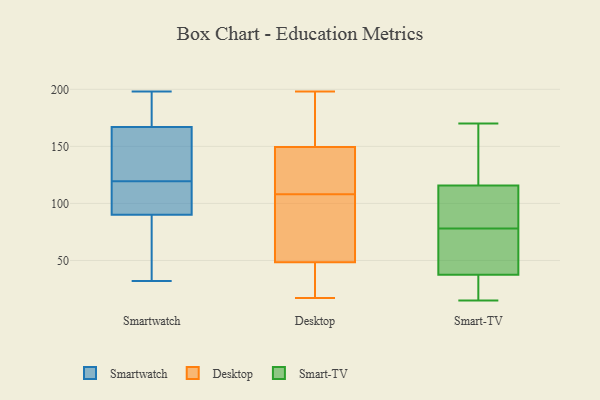
{"axis": {"x": "Tickets Resolved", "y": "Value"}, "legend": ["Desktop", "Smart-TV", "Smartwatch"], "data": [{"x": "", "y": 90, "type": "Smartwatch"}, {"x": "", "y": 198, "type": "Smartwatch"}, {"x": "", "y": 182, "type": "Smartwatch"}, {"x": "", "y": 106, "type": "Smartwatch"}, {"x": "", "y": 33, "type": "Smartwatch"}, {"x": "", "y": 119, "type": "Smartwatch"}, {"x": "", "y": 120, "type": "Smartwatch"}, {"x": "", "y": 94, "type": "Smartwatch"}, {"x": "", "y": 176, "type": "Smartwatch"}, {"x": "", "y": 159, "type": "Smartwatch"}, {"x": "", "y": 183, "type": "Smartwatch"}, {"x": "", "y": 57, "type": "Smartwatch"}, {"x": "", "y": 90, "type": "Smartwatch"}, {"x": "", "y": 158, "type": "Smartwatch"}, {"x": "", "y": 129, "type": "Smartwatch"}, {"x": "", "y": 84, "type": "Smartwatch"}, {"x": "", "y": 175, "type": "Smartwatch"}, {"x": "", "y": 99, "type": "Smartwatch"}, {"x": "", "y": 157, "type": "Smartwatch"}, {"x": "", "y": 32, "type": "Smartwatch"}, {"x": "", "y": 135, "type": "Desktop"}, {"x": "", "y": 188, "type": "Desktop"}, {"x": "", "y": 43, "type": "Desktop"}, {"x": "", "y": 181, "type": "Desktop"}, {"x": "", "y": 136, "type": "Desktop"}, {"x": "", "y": 105, "type": "Desktop"}, {"x": "", "y": 113, "type": "Desktop"}, {"x": "", "y": 36, "type": "Desktop"}, {"x": "", "y": 198, "type": "Desktop"}, {"x": "", "y": 79, "type": "Desktop"}, {"x": "", "y": 23, "type": "Desktop"}, {"x": "", "y": 163, "type": "Desktop"}, {"x": "", "y": 38, "type": "Desktop"}, {"x": "", "y": 111, "type": "Desktop"}, {"x": "", "y": 81, "type": "Desktop"}, {"x": "", "y": 126, "type": "Desktop"}, {"x": "", "y": 17, "type": "Desktop"}, {"x": "", "y": 188, "type": "Desktop"}, {"x": "", "y": 66, "type": "Desktop"}, {"x": "", "y": 54, "type": "Desktop"}, {"x": "", "y": 15, "type": "Smart-TV"}, {"x": "", "y": 39, "type": "Smart-TV"}, {"x": "", "y": 99, "type": "Smart-TV"}, {"x": "", "y": 170, "type": "Smart-TV"}, {"x": "", "y": 78, "type": "Smart-TV"}, {"x": "", "y": 16, "type": "Smart-TV"}, {"x": "", "y": 99, "type": "Smart-TV"}, {"x": "", "y": 73, "type": "Smart-TV"}, {"x": "", "y": 37, "type": "Smart-TV"}, {"x": "", "y": 116, "type": "Smart-TV"}, {"x": "", "y": 56, "type": "Smart-TV"}, {"x": "", "y": 115, "type": "Smart-TV"}, {"x": "", "y": 116, "type": "Smart-TV"}, {"x": "", "y": 22, "type": "Smart-TV"}, {"x": "", "y": 130, "type": "Smart-TV"}]}